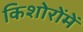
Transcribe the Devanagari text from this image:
किशोरोंमें